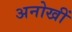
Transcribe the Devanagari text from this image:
अनोखीं